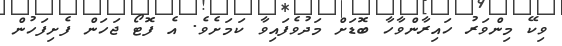
ވިކޭ މިންވަރު ހައިރާންވާހާ ބޮޑަށް މަދުވެފައިވާ ކަމަށެވެ. އެ ފޮޓޯ ޖަހަން ފެށިފަހުން